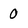
Character: 0